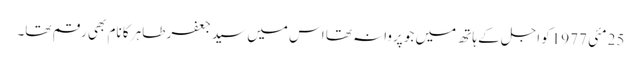
25 مئی 1977کو اجل کے ہاتھ میں جو پروانہ تھا اس میں سید جعفر طاہر کا نام بھی رقم تھا۔